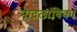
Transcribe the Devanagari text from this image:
मादलांबिका